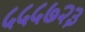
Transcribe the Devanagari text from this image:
५५५७२३